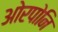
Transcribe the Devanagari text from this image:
ओरपोनि